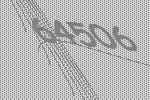
64506